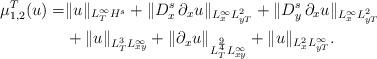
LaTeX: \begin{align*}\begin{aligned}\mu_{1,2}^T(u)=&\|u\|_{L_T^\infty H^s}+\|D_x^{s} \,\partial_x u\|_{L_x^\infty L_{yT}^2}+\|D_y^{s} \,\partial_x u\|_{L_x^\infty L_{yT}^2}\\&+\|u\|_{L_T^3 L_{xy}^\infty}+\|\partial_x u\|_{L_T^{\frac94} L_{xy}^\infty}+\| u\|_{L_x^{2}L_{yT}^{\infty}}.\end{aligned}\end{align*}